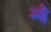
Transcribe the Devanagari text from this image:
न्‍ये